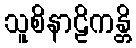
သူစိနာဠိကန္တိ